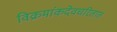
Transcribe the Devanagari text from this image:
विक्रमांकदेवचरितात